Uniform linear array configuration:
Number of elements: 16
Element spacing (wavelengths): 1
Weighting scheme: hamming
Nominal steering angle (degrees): -45
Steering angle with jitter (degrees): -43.574
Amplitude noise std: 0.05
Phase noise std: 0.05

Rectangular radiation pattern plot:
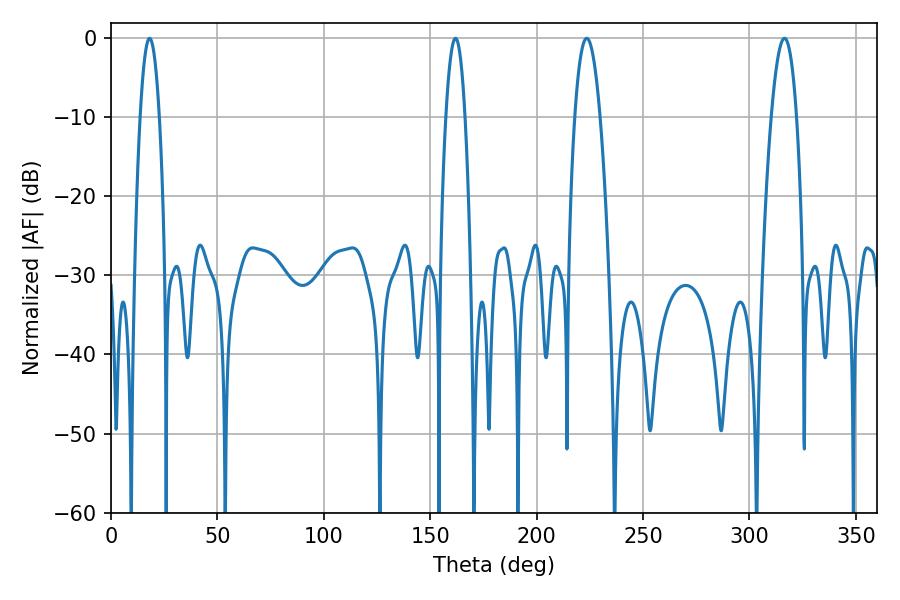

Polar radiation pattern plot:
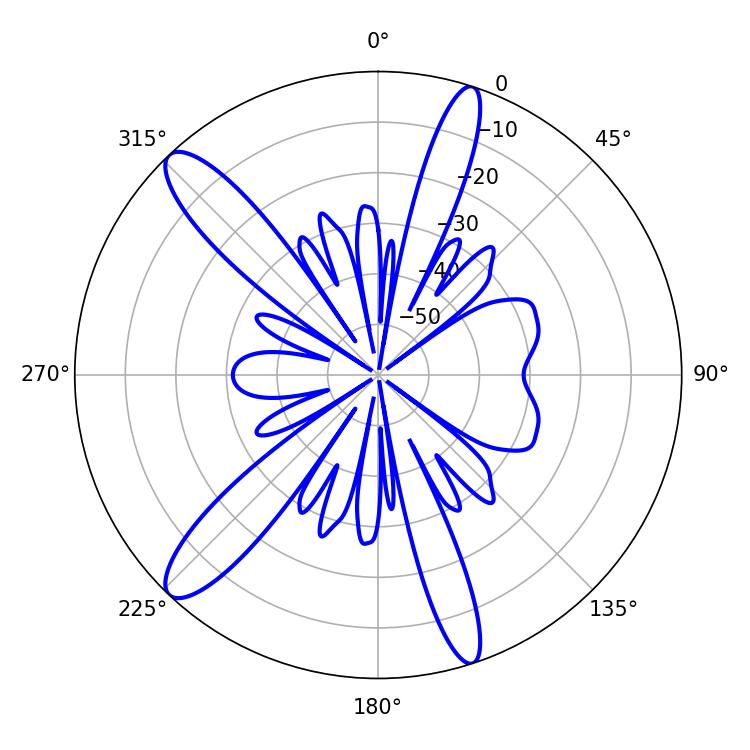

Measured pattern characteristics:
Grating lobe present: TRUE
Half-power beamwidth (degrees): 6.66
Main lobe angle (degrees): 223.56